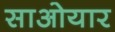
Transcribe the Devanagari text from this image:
साओयार